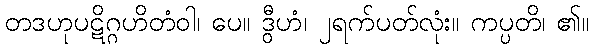
တဒဟုပဋိဂ္ဂဟိတံဝါ၊ ပေ။ ဒွီဟံ၊ ၂ရက်ပတ်လုံး။ ကပ္ပတိ၊ ၏။